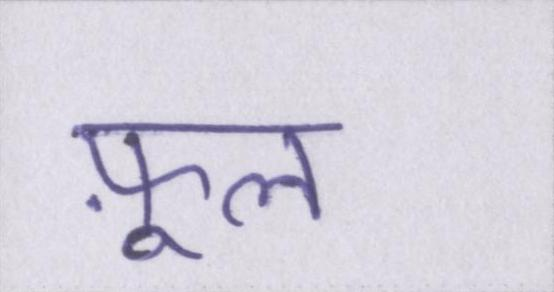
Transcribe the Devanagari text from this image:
फ़ूल